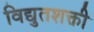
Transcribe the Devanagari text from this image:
विद्युतशक्ती